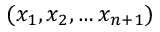
( x _ { 1 } , x _ { 2 } , \ldots x _ { n + 1 } )